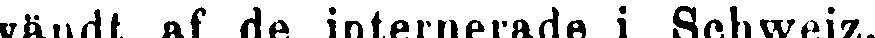
vändt af de internerade i Schweiz.